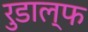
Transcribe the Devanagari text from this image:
रुडाल्फ